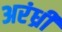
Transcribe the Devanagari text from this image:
अरंध्री